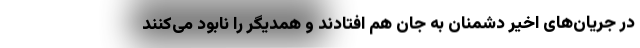
در جریان‌های اخیر دشمنان به جان هم افتادند و همدیگر را نابود می‌کنند